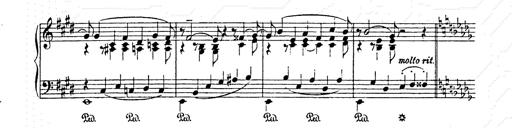
Title: AnnÃ©es de pÃ¨lerinage II
Composer: Franz Liszt